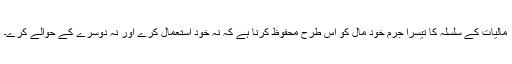
ماليات کے سلسلہ کا تيسرا جرم خود مال کو اس طرح محفوظ کرنا ہے کہ نہ خود استعمال کرے اور نہ دوسرے کے حوالے کرے۔